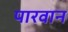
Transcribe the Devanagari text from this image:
पारवान